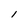
Character: l